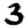
Digit: 3